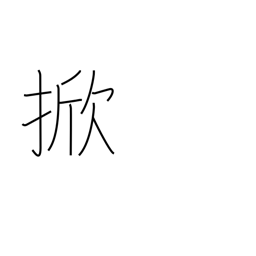
Meaning: hoist